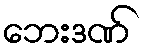
ဘေးဒဏ်